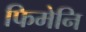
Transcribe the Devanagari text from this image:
फिमेनि